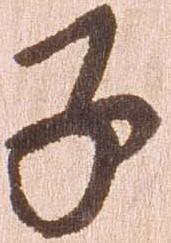
子